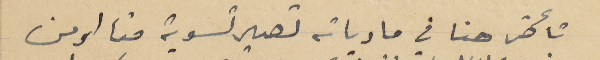
تأخر حنا في مادياته تصير تسوية منا او من